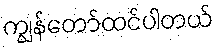
ကျွန်တော်ထင်ပါတယ်